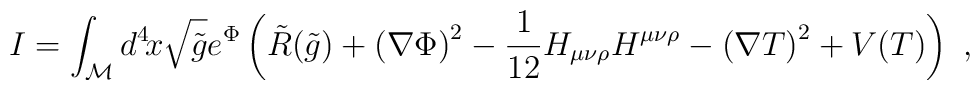
I=\int_{\cal{M}} d^4 \! x \sqrt{\tilde{g}} e^{\Phi} \left(\tilde{R}(\tilde{g}) + \left(\nabla\Phi \right)^2 - {1 \over 12} H_{\mu\nu\rho} H^{\mu\nu\rho} -\left(\nabla T \right)^2 + V(T) \right)\ ,